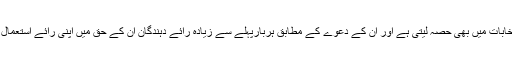
یہ پارٹی انتخابات میں بھی حصہ لیتی ہے اور ان کے دعوے کے مطابق ہربارپہلے سے زیادہ رائے دہندگان ان کے حق میں اپنی رائے استعمال کرتے ہیں ۔